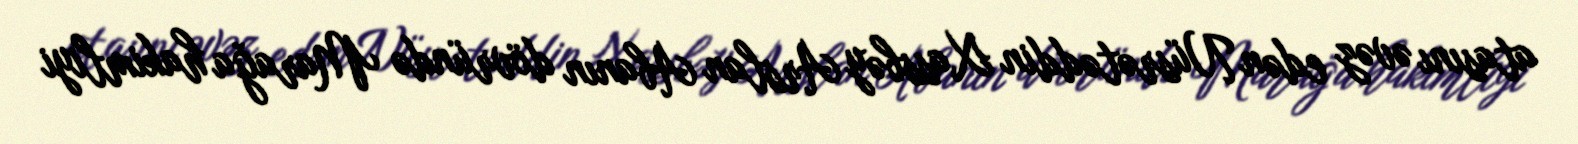
atasını əvəz edən Nüsrətəddin Xassbəy Arslan Abanın dövründə Marağa hakimliyi